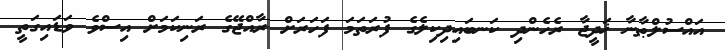
އައްސުލްޠާނާ ޚަދީޖާ ރެހެންދި ކަނބައިދިކިލެގެ ފުރަތަމަ ފަހަރަށް ރާއްޖޭގެ ރަނިކަމަށް އިސްވެ ވަޑައިގަތީ